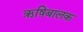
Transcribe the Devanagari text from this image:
ऋषिबालक